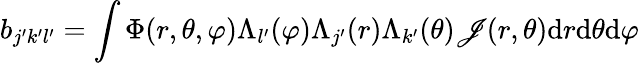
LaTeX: b_{j^{\prime}k^{\prime}l^{\prime}}=\int\Phi(r,\theta,\varphi)\Lambda_{l^{\prime}}(\varphi)\Lambda_{j^{\prime}}(r)\Lambda_{k^{\prime}}(\theta)\mathscr{J}(r,\theta)\mathrm{{d}}r\mathrm{{d}}\theta\mathrm{{d}}\varphi